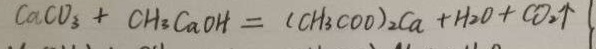
C a C O _ { 3 } + C H _ { 3 } C a O H = ( C H _ { 3 } C O O ) _ { 2 } C a + H _ { 2 } O + C O _ { 2 } \uparrow